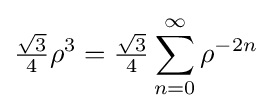
{\tfrac {\sqrt {3}}{4}}\rho ^{3}={\tfrac {\sqrt {3}}{4}}\sum _{n=0}^{\infty }\rho ^{-2n}